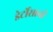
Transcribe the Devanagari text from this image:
डेर्टोसाची